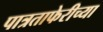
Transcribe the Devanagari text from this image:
पात्रताफेरीच्या